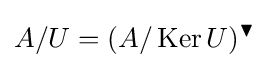
A/U=(A/\operatorname {Ker} U)^{\blacktriangledown }